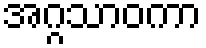
အဂ္ဂသာဝကာ